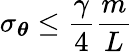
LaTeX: \sigma_{{\boldsymbol{\theta}}}\leq\frac{\gamma}{4}\frac{m}{L}